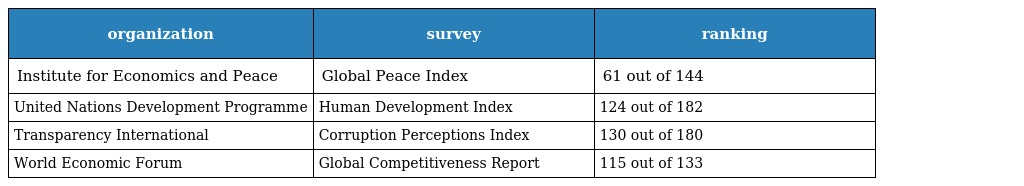
| organization | survey | ranking |
 | --- | --- | --- |
 | Institute for Economics and Peace | Global Peace Index | 61 out of 144 |
 | United Nations Development Programme | Human Development Index | 124 out of 182 |
 | Transparency International | Corruption Perceptions Index | 130 out of 180 |
 | World Economic Forum | Global Competitiveness Report | 115 out of 133 |